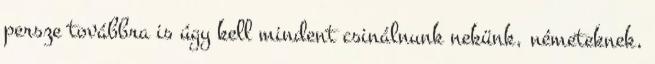
persze továbbra is úgy kell mindent csinálnunk nekünk, németeknek,